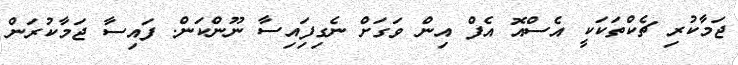
ޖަމާކުރި ޗެކްތަކަކީ އެސްއޮ އެފް އިން ވަގަށް ނެގިފަިއިސާ ނޫންކަން. ފައިސާ ޖަމާކުރަން